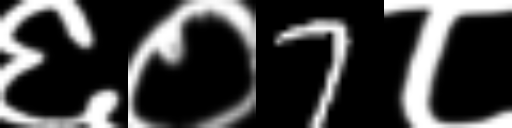
Text: ६०7८